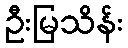
ဦးမြသိန်း